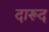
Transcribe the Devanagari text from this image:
दारूद